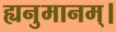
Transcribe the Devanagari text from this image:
ह्यनुमानम्।